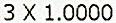
3 X 1.0000